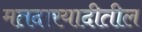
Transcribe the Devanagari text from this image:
मतदारयादीतील